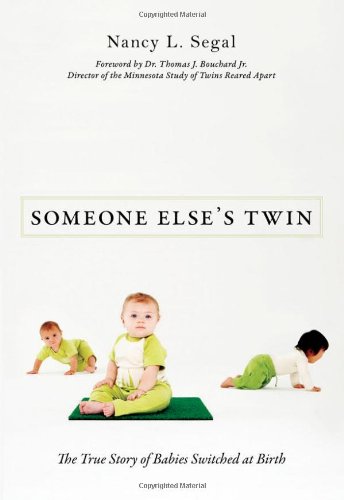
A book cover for Someone Else's Twin: The True Story of Babies Switched at Birth; Nancy L. Segal; Parenting & Relationships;